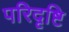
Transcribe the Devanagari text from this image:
परिदृष्टि